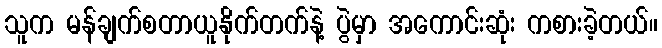
သူက မန်ချက်စတာယူနိုက်တက်နဲ့ ပွဲမှာ အကောင်းဆုံး ကစားခဲ့တယ်။